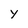
Character: Y